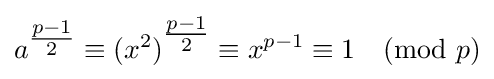
a^{\tfrac {p-1}{2}}\equiv {(x^{2})}^{\tfrac {p-1}{2}}\equiv x^{p-1}\equiv 1{\pmod {p}}